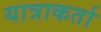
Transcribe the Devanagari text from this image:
यात्राकर्ता